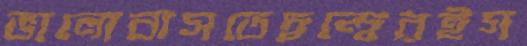
ভালোবাসতেদ্বন্দ্বেরইগ